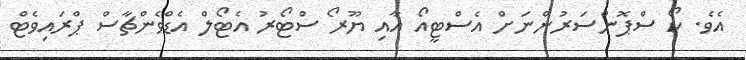
އެވެ. ކޯ ސްޕޮންސަރުންނަށް އެސްޓީއޯ އާއި ޔޫރޯ ސްޓޯރު އެޓޯލް އެޑްވެންޗާސް ޕްރައިވެޓް